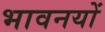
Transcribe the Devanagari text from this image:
भावनयों